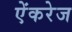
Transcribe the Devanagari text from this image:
ऐंकरेज